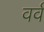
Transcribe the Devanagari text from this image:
वर्व